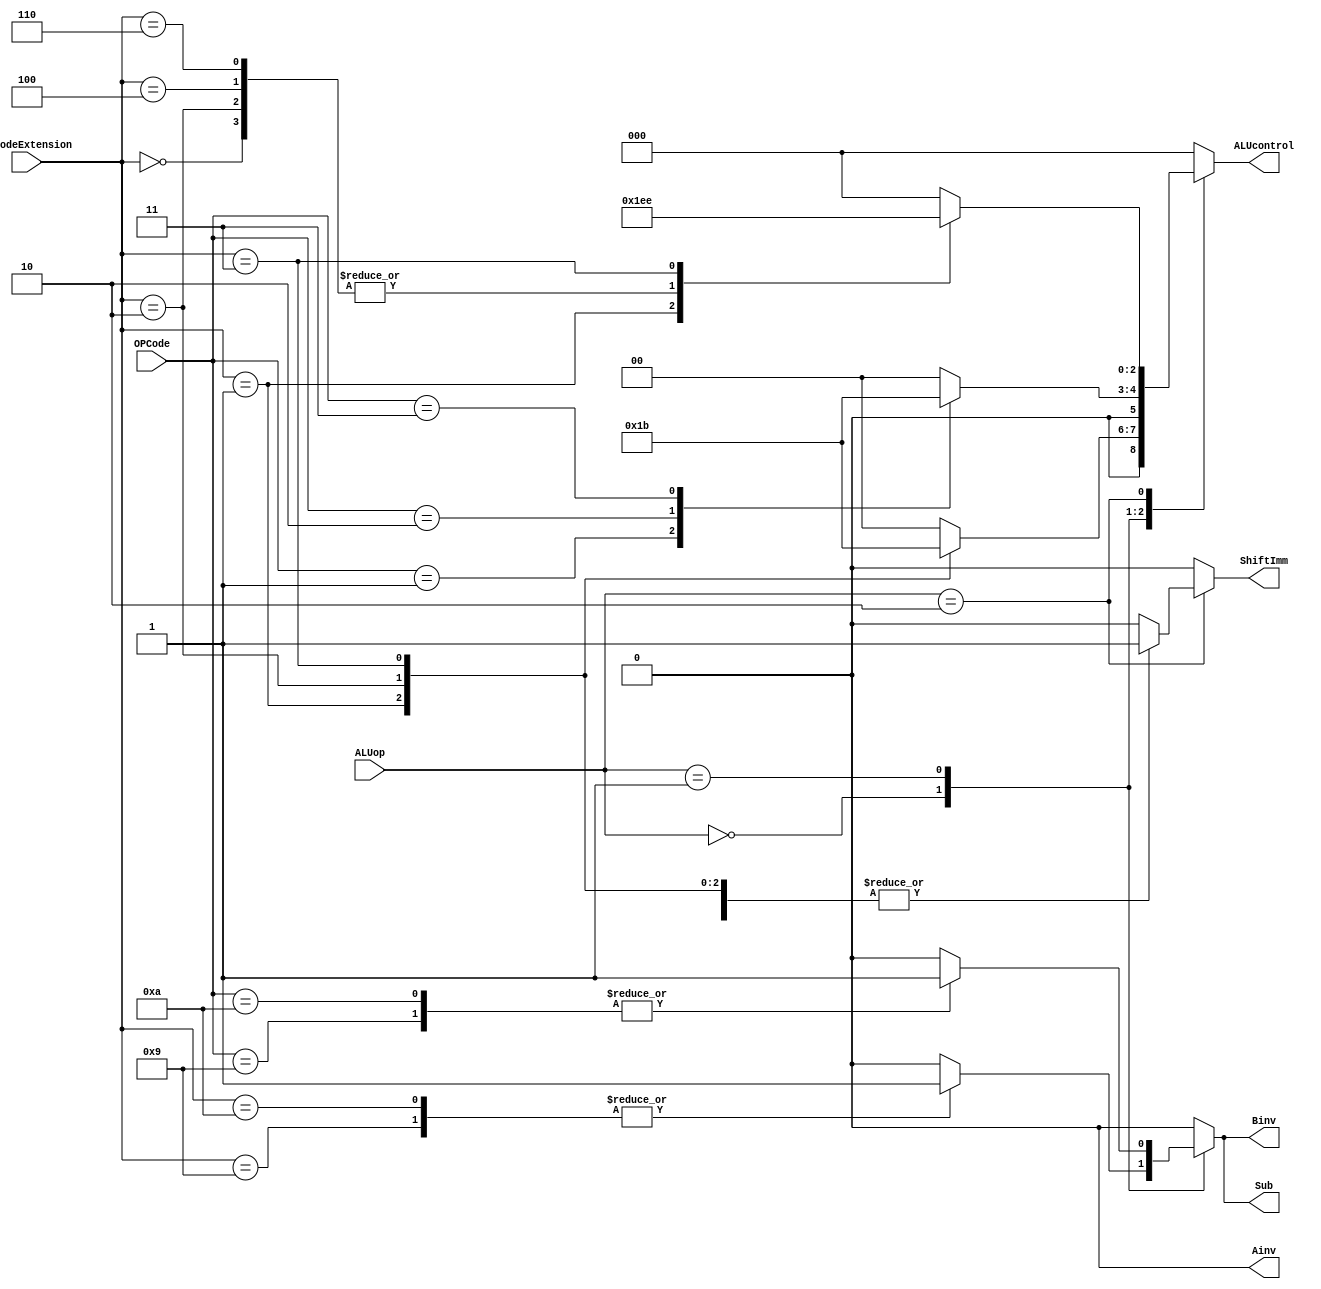
`timescale 1ns / 1ps
//////////////////////////////////////////////////////////////////////////////////
// Company: 
// Engineer: 
// 
// Design Name: 
// Module Name:    ALUctrl 
// Project Name: 
// Target Devices: 
// Tool versions: 
// Description: 
//
// Dependencies: 
//
// Revision: 
// Revision 0.01 - File Created
// Additional Comments: 
//
//////////////////////////////////////////////////////////////////////////////////
module ALUctrl(
    input [1:0] ALUop,
    input [3:0] OPCodeExtension,
	 input [3:0] OPCode,
    output reg [2:0] ALUcontrol,
    output reg Ainv,
    output reg Binv,
    output reg Sub,
	 output reg ShiftImm
    );
	
	parameter RTYP = 2'b00;
	parameter ITYP = 2'b01;
	parameter SHFT = 2'b10;
	
	parameter ADD	= 4'b0101;
	parameter ADDU = 4'b0110;
	parameter ADDC = 4'b0111;
	parameter SUB 	= 4'b1001;
	parameter SUBC = 4'b1010;
	parameter CMP 	= 4'b1011;
	parameter AND	= 4'b0001;
	parameter OR	= 4'b0010;
	parameter XOR	= 4'b0011;
	
	always@(*) begin
		Ainv <= 0;
		ALUcontrol <= 3'b000;
		Binv <= 0;
		Sub <= 0;
		ShiftImm <= 0;
		case(ALUop)
			RTYP:
				case(OPCodeExtension)
					ADD:
						begin
							ALUcontrol <= 3'b000;
						end
					ADDU:
						begin
							ALUcontrol <= 3'b000;
						end
					ADDC:
						begin
							ALUcontrol <= 3'b000;
						end
					SUB:
						begin
							ALUcontrol <= 3'b000;
							Binv <= 1;
							Sub <= 1;
						end
					SUBC:
						begin
							ALUcontrol <= 3'b000;
							Binv <= 1;
							Sub <= 1;
						end
					CMP:
						begin
							ALUcontrol <= 3'b000;
							//Binv <= 1;
							//Sub <= 1;
						end
					AND:
						begin
							ALUcontrol <= 3'b001;
						end
					OR:
						begin
							ALUcontrol <= 3'b010;
						end
					XOR:
						begin
							ALUcontrol <= 3'b011;
						end
					default:
						begin
							ALUcontrol <= 3'b000;
						end
				endcase
			ITYP:
				case(OPCode)
					ADD:
						begin
							ALUcontrol <= 3'b000;
						end
					ADDU:
						begin
							ALUcontrol <= 3'b000;
						end
					ADDC:
						begin
							ALUcontrol <= 3'b000;
						end
					SUB:
						begin
							ALUcontrol <= 3'b000;
							Binv <= 1;
							Sub <= 1;
						end
					SUBC:
						begin
							ALUcontrol <= 3'b000;
							Binv <= 1;
							Sub <= 1;
						end
					CMP:
						begin
							ALUcontrol <= 3'b000;
							//Binv <= 1;
							//Sub <= 1;
						end
					AND:
						begin
							ALUcontrol <= 3'b001;
						end
					OR:
						begin
							ALUcontrol <= 3'b010;
						end
					XOR:
						begin
							ALUcontrol <= 3'b011;
						end
					default:
						begin
							ALUcontrol <= 3'b000;
						end
				endcase
			SHFT:
				case(OPCodeExtension)
					4'b0100:
						begin
							ALUcontrol <= 3'b101;
						end
					4'b0000:
						begin
							ALUcontrol <= 3'b101;
							ShiftImm <= 1;
						end
					4'b0001:
						begin
							ALUcontrol <= 3'b111;
							ShiftImm <= 1;
						end
					4'b0110:
						begin
							ALUcontrol <= 3'b101;
						end
					4'b0010:
						begin
							ALUcontrol <= 3'b101;
							ShiftImm <= 1;
						end
					4'b0011:
						begin
							ALUcontrol <= 3'b110;
							ShiftImm <= 1;
						end
					default:
						ALUcontrol <= 3'b000;
				endcase
			default:
				ALUcontrol <= 3'b000;
		endcase
	end
endmodule